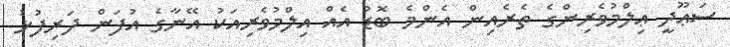
ސަޢޫދީ ޢިލްމުވެރިންގެ ތެރެއިން އެންމެ ބޮޑު އެއް އިލްމުވެރިއަކު އޭނާގެ އުފަން ދަރިފުޅު